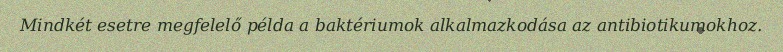
Mindkét esetre megfelelő példa a baktériumok alkalmazkodása az antibiotikumokhoz.